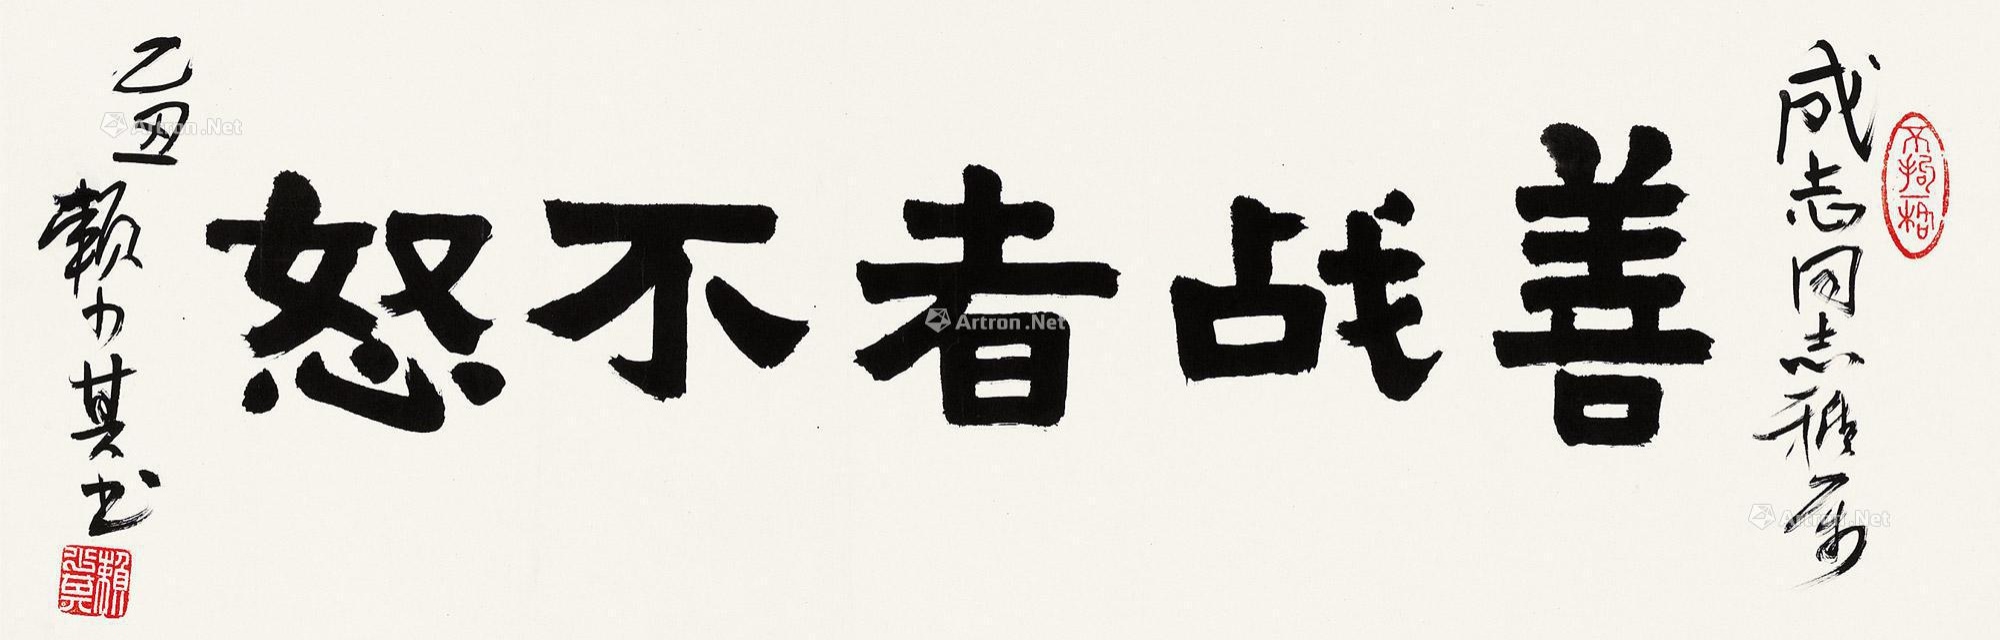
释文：善战者不怒。成志同志雅属，乙丑赖少其书。